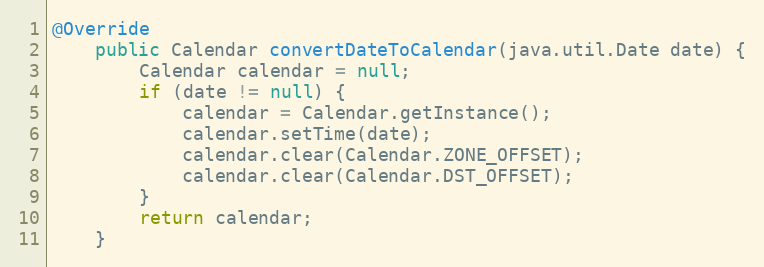
Language: Java
@Override
    public Calendar convertDateToCalendar(java.util.Date date) {
        Calendar calendar = null;
        if (date != null) {
            calendar = Calendar.getInstance();
            calendar.setTime(date);
            calendar.clear(Calendar.ZONE_OFFSET);
            calendar.clear(Calendar.DST_OFFSET);
        }
        return calendar;
    }